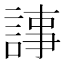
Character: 𧨴